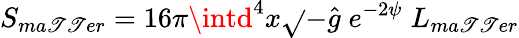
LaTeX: S_{ma\mathscr{T}\mathscr{T}er}=16\pi\intd^{4}x\sqrt{}{{-\hat{{g}}}}\; e^{-2\psi}\; L_{ma\mathscr{T}\mathscr{T}er}